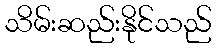
သိမ်းဆည်းနိုင်သည်